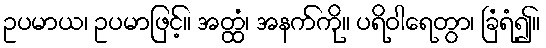
ဥပမာယ၊ ဥပမာဖြင့်။ အတ္ထံ၊ အနက်ကို။ ပရိဝါရေတွာ၊ ခြံရံ၍။